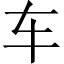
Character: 车